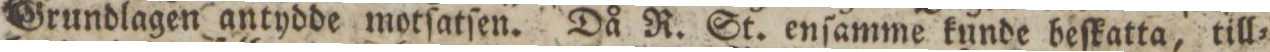
Grundlagen antydde motſatſen. Då R. St. enſamme kunde beſkatta, till=